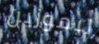
ليموزين